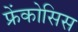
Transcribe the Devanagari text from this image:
फ्रेंकोसिस